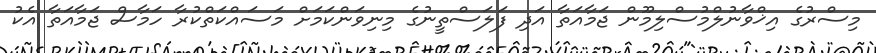
މިސްރުގެ އިޚްވާނުލްމުސްލިމޫން ޖަމާއަތާ އަދި ފަލަސްތީނުގެ މިނިވަންކަމަށް މަސައްކަތްކުރާ ހަމާސް ޖަމާއަތާ އެކު